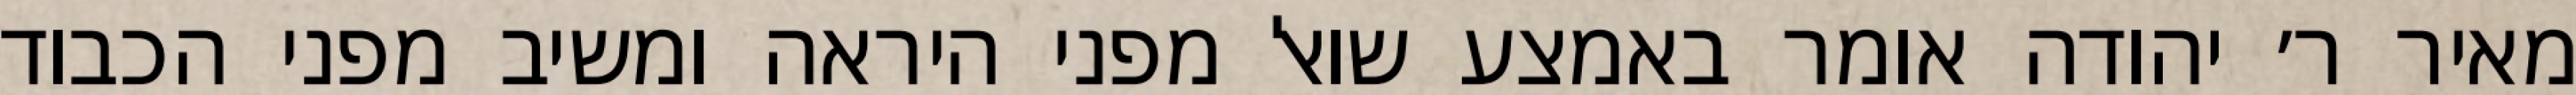
מאיר ר׳ יהודה אומר באמצע שואל מפני היראה ומשיב מפני הכבוד